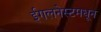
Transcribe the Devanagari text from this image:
ईगलनेस्टमधून